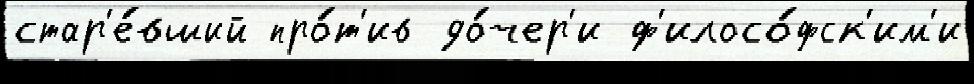
стар'е́вший про́т'ив до́чер'и ф'илосо́фск'им'и